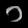
Digit: ၁